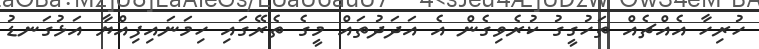
ހުރިހާ އެއްޗެއް ތަހުގީގު ކުރެވިގެން އެ އަދަދުތައް މީގެ ތެރޭގައި ހިމަނައިފިއްޔާ އަޅުގަނޑު